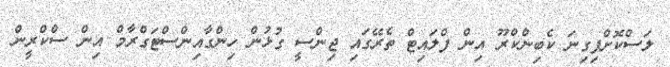
ލަސްކޮށްފިގިނަ ކެބިންކްރޫ އިން ފްލައިޓް ތެރޭގައި ޖިންސީ ގުޅުން ހިންގާއިންސްޓަގްރާމް އިން ސްކްރީން